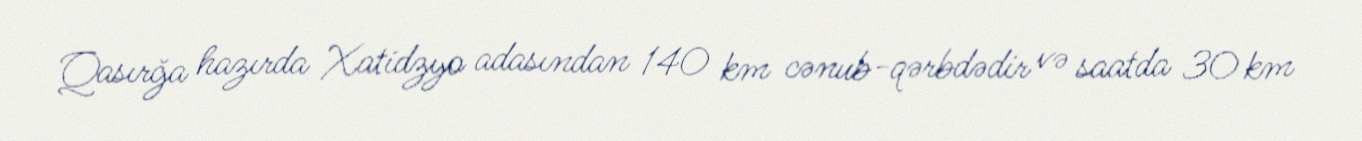
Qasırğa hazırda Xatidzyo adasından 140 km cənub-qərbdədir və saatda 30 km